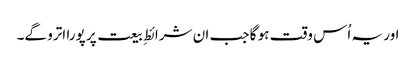
اور یہ اُس وقت ہو گا جب ان شرائطِ بیعت پر پورا اترو گے۔